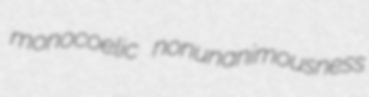
monocoelic nonunanimousness